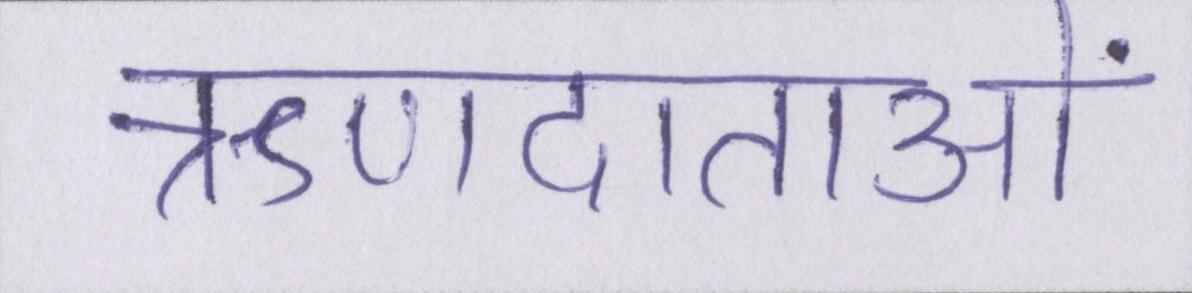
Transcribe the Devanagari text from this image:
ऋणदाताओं